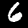
Digit: 6